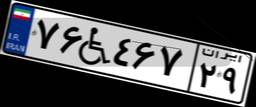
۷۶W۴۶۷۲۹